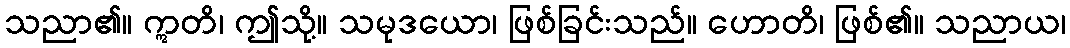
သညာ၏။ ဣတိ၊ ဤသို့။ သမုဒယော၊ ဖြစ်ခြင်းသည်။ ဟောတိ၊ ဖြစ်၏။ သညာယ၊